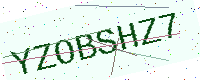
Text: YZOBSHZ7